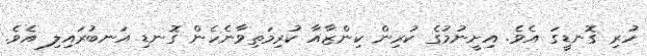
ހުރި ގޮނޑީގަ އެވެ. އިށީނުމުގެ ކުރިން ކިންޒާއާ ކުރިމަތިވާނެހެން ގޮނޑި އަނބުރައިލި އެވެ.